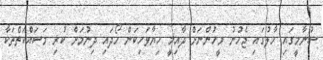
ސުނާމީގައި ހާލުގައި ޖެހުނު މީހުންނަށް ދާއިމީ ހިޔާވަހިކަން ހޯދައި ދިނުމަށް ކުރި މަސައްކަތްތަކާ